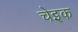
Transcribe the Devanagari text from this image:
चेइक